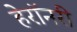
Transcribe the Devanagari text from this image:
हेरॉनरी